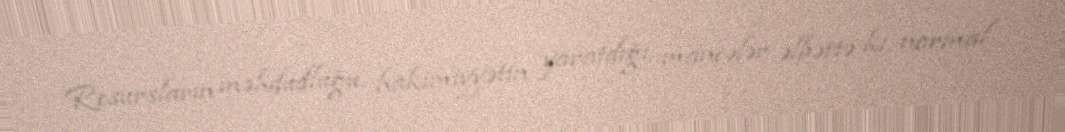
Resursların məhdudluğu, hakimiyyətin yaratdığı maneələr əlbəttə ki, normal